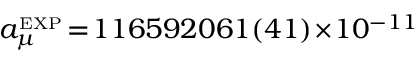
a _ { \mu } ^ { \scriptscriptstyle \mathrm { E X P } } \! = \! 1 1 6 5 9 2 0 6 1 ( 4 1 ) \! \times \! 1 0 ^ { - 1 1 }